Indian journal of veterinary science and animal husbandry - Volume 11,
Year: 1941
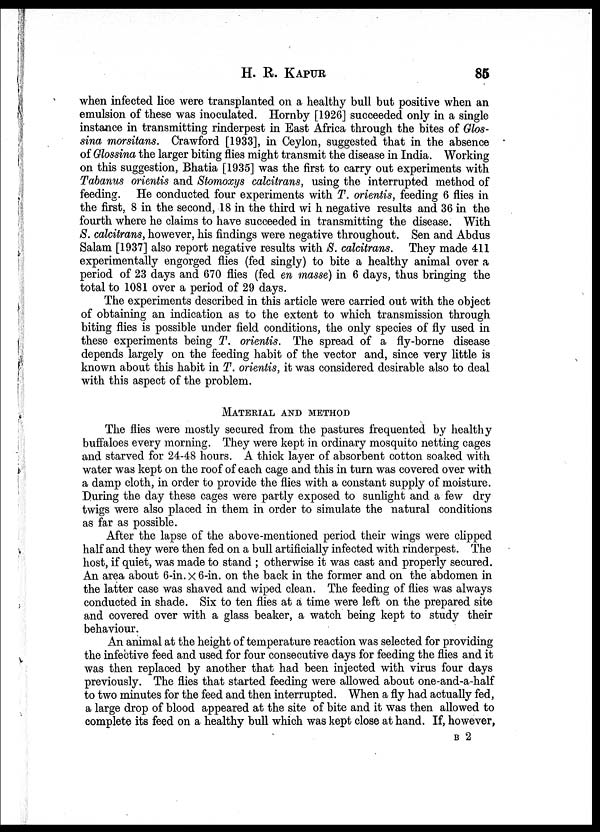
H. R.
KAPUR
85
when infected lice were transplanted on a healthy bull but positive when an
emulsion of these was inoculated. Hornby [1926] succeeded only in a single
instance in transmitting rinderpest in East Africa through the bites of Glos¬
sina morsitans. Crawford [1933], in Ceylon, suggested that in the absence
of Glossina the larger biting flies might transmit the disease in India. Working
on this suggestion, Bhatia [1935] was the first to carry out experiments with
Tabanus orientis and Stomoxys calcitrans, using the interrupted method of
feeding. He conducted four experiments with T. orientis, feeding 6 flies in
the first, 8 in the second, 18 in the third with negative results and 36 in the
fourth where he claims to have succeeded in transmitting the disease. With
S. calcitrans, however, his findings were negative throughout. Sen and Abdus
Salam [1937] also report negative results with S. calcitrans. They made 411
experimentally engorged flies (fed singly) to bite a healthy animal over a
period of 23 days and 670 flies (fed en masse) in 6 days, thus bringing the
total to 1081 over a period of 29 days.
The experiments described in this article were carried out with the object
of obtaining an indication as to the extent to which transmission through
biting flies is possible under field conditions, the only species of fly used in
these experiments being T.orientis. The spread of a fly-borne disease
depends largely on the feeding habit of the vector and, since very little is
known about this habit in T. orientis, it was considered desirable also to deal
with this aspect of the problem.
MATERIAL AND METHOD
The flies were mostly secured from the pastures frequented by healthy
buffaloes every morning. They were kept in ordinary mosquito netting cages
and starved for 24-48 hours. A thick layer of absorbent cotton soaked with
water was kept on the roof of each cage and this in turn was covered over with
a damp cloth, in order to provide the flies with a constant supply of moisture.
During the day these cages were partly exposed to sunlight and a few dry
twigs were also placed in them in order to simulate the natural conditions
as far as possible.
After the lapse of the above-mentioned period their wings were clipped
half and they were then fed on a bull artificially infected with rinderpest. The
host, if quiet, was made to stand ; otherwise it was cast and properly secured.
An area about 6-in. × 6-in. on the back in the former and on the abdomen in
the latter case was shaved and wiped clean. The feeding of flies was always
conducted in shade. Six to ten flies at a time were left on the prepared site
and covered over with a glass beaker, a watch being kept to study their
behaviour.
An animal at the height of temperature reaction was selected for providing
the infective feed and used for four consecutive days for feeding the flies and it
was then replaced by another that had been injected with virus four days
previously. The flies that started feeding were allowed about one-and-a-half
to two minutes for the feed and then interrupted. When a fly had actually fed,
a large drop of blood appeared at the site of bite and it was then allowed to
complete its feed on a healthy bull which was kept close at hand. If, however,
B 2